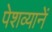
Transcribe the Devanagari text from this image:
पेशव्यानें